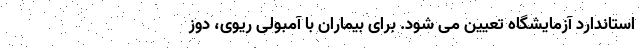
استاندارد آزمایشگاه تعیین می شود. برای بیماران با آمبولی ریوی، دوز